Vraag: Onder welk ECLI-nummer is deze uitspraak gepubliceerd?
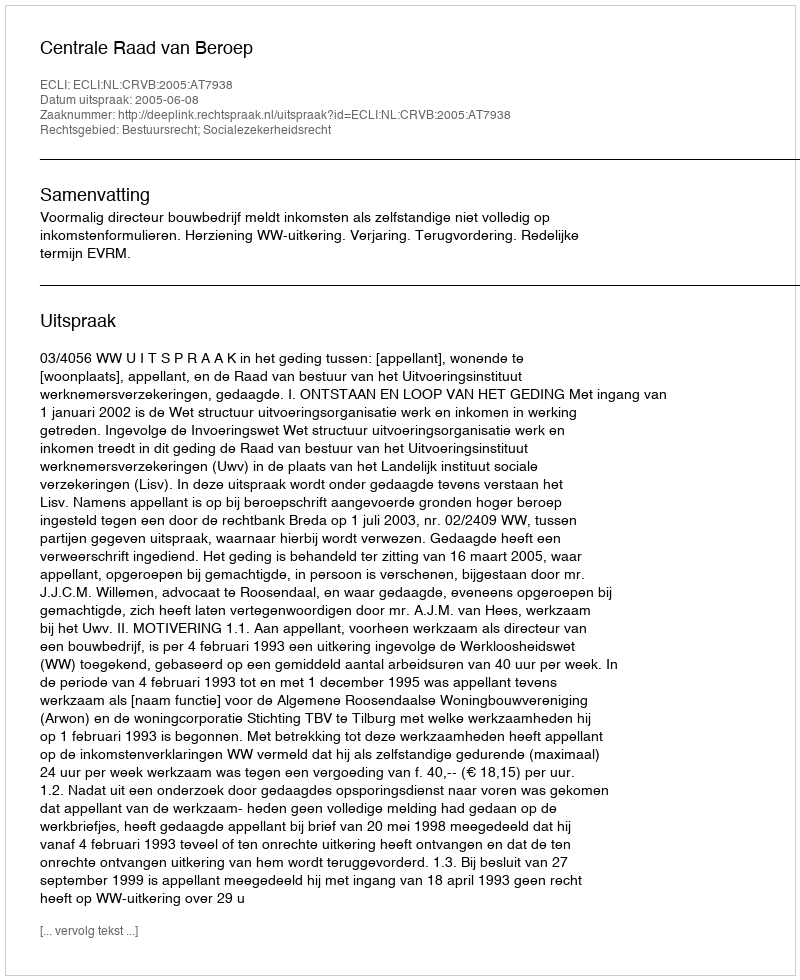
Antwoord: ECLI:NL:CRVB:2005:AT7938